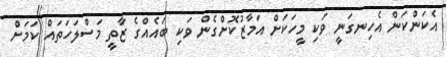
އެކަންކަން އެހިނގަނީ ވަކި މީހަކަށް އަމާޒުކޮށްގެން ވަކި ބައެއްގެ ޒާތީ މަސްލަހަތައް ކަމަށް